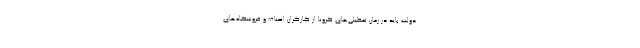
دولت باید در زمان تعطیلی‌های کرونا از کارگران اصناف و فروشگاه‌های